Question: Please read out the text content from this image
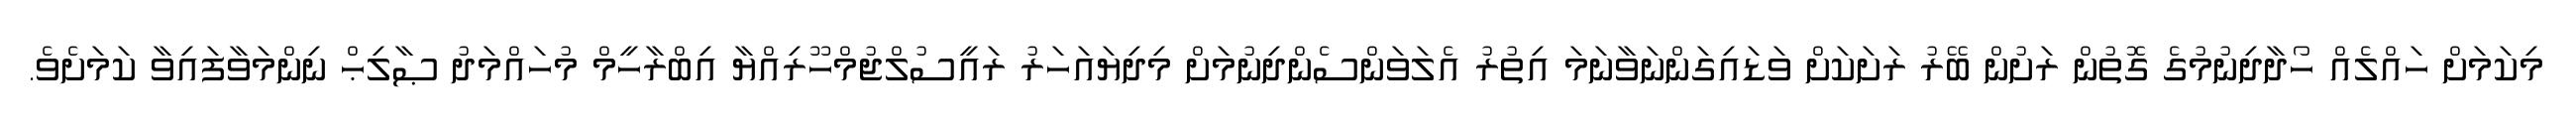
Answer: މިކަމަށް ހައްލެއް ހޯދާދިނުމުގެ ގޮތުން ރަށުން ބޭރު ރަށަކަށް ވަޑައިގަންނަވާނަމަ އިތުރު އެލަވަންސެންދިނުމަށް މިދިޔައަހަރު ރައީސުލްޖުމްހޫރިއްޔާ އިބްރާހީމް މުހައްމަދު ޞާލިޙް ނިންމަވާފައިވާ ކަމަށެވެ.